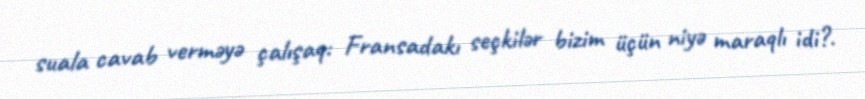
suala cavab verməyə çalışaq: Fransadakı seçkilər bizim üçün niyə maraqlı idi?.